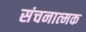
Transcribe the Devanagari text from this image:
संचनात्‍मक